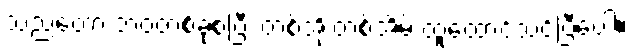
သည်တော့ ဘဝတစ်ခုစပြီး တစ်အိုးတစ်အိမ် ထူထောင်သင့်ပြီပေါ့။